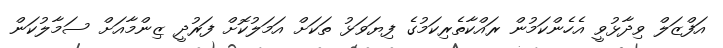
އަފްޒަލް ވިދާޅުވީ އެހެންކަމުން ރައްކާތެރިކަމުގެ ފިޔަވަޅު ތަކަށް އަމަލުކޮށް ފަރުދީ ޒިންމާއަށް ސަމާލުކަން